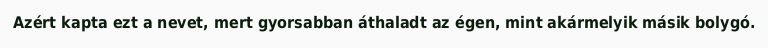
Azért kapta ezt a nevet, mert gyorsabban áthaladt az égen, mint akármelyik másik bolygó.